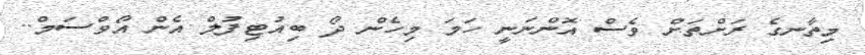
މިތާނގެ ރަށްތަށް ވެސް އޮންނަނީ ހަމަ މިހެން ދޯ ބިއުޓިފުލް އެން އޯވްސަމް..